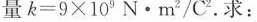
量$$k = 9 × 1 0 ^ { 9 } N · m ^ { 2 } / C°$$.求：